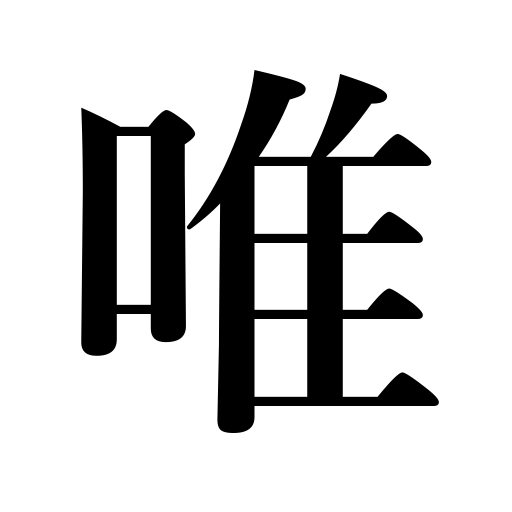
Meanings: simply,merely,solely,only